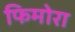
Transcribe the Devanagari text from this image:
फिमोरा